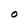
Character: O